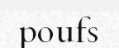
poufs